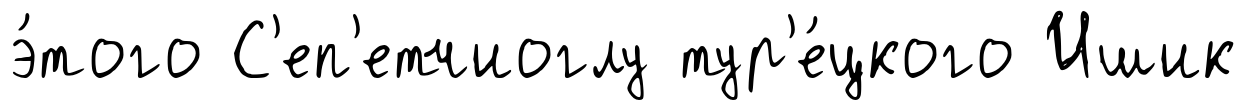
э́того С'еп'етчиоглу тур'е́цкого Ишик